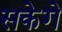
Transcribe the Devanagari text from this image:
सकेगे